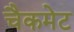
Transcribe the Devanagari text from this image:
चैकमेट